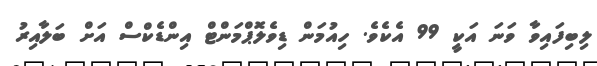
ލިބިފައިވާ ވަނަ އަކީ 99 އެކެވެ. ހިއުމަން ޑިވެލޮޕްމަންޓް އިންޑެކްސް އަށް ބަލާއިރު